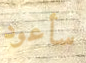
سأعود